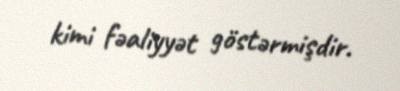
kimi fəaliyyət göstərmişdir.